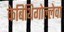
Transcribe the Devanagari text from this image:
केबिथिगोल्लेवा